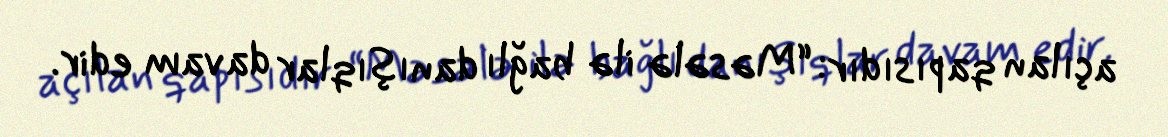
açılan qapısıdır: “Məsələ ilə bağlı danışıqlar davam edir.